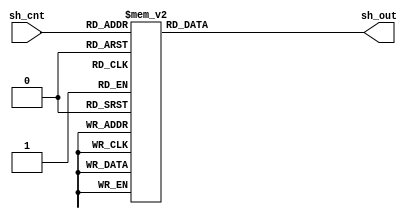
//
//    Copyright (c) 2015 Jan Adelsbach <jan@janadelsbach.com>.  
//    All Rights Reserved.
//
//    This program is free software: you can redistribute it and/or modify
//    it under the terms of the GNU General Public License as published by
//    the Free Software Foundation, either version 3 of the License, or
//    (at your option) any later version.
//
//    This program is distributed in the hope that it will be useful,
//    but WITHOUT ANY WARRANTY; without even the implied warranty of
//    MERCHANTABILITY or FITNESS FOR A PARTICULAR PURPOSE.  See the
//    GNU General Public License for more details.
//
//    You should have received a copy of the GNU General Public License
//    along with this program.  If not, see <http://www.gnu.org/licenses/>.
//
module pdp1_shrot_cnt_lut(sh_cnt, sh_out);
   input [0:8] sh_cnt;
   output reg [0:3] sh_out;

   always @(sh_cnt) begin
      case(sh_cnt)
	9'h0:sh_out <= 0;
	9'h1:sh_out <= 1;
	9'h2:sh_out <= 1;
	9'h3:sh_out <= 2;
	9'h4:sh_out <= 1;
	9'h5:sh_out <= 2;
	9'h6:sh_out <= 2;
	9'h7:sh_out <= 3;
	9'h8:sh_out <= 1;
	9'h9:sh_out <= 2;
	9'hA:sh_out <= 2;
	9'hB:sh_out <= 3;
	9'hC:sh_out <= 2;
	9'hD:sh_out <= 3;
	9'hE:sh_out <= 3;
	9'hF:sh_out <= 4;
	9'h10:sh_out <= 1;
	9'h11:sh_out <= 2;
	9'h12:sh_out <= 2;
	9'h13:sh_out <= 3;
	9'h14:sh_out <= 2;
	9'h15:sh_out <= 3;
	9'h16:sh_out <= 3;
	9'h17:sh_out <= 4;
	9'h18:sh_out <= 2;
	9'h19:sh_out <= 3;
	9'h1A:sh_out <= 3;
	9'h1B:sh_out <= 4;
	9'h1C:sh_out <= 3;
	9'h1D:sh_out <= 4;
	9'h1E:sh_out <= 4;
	9'h1F:sh_out <= 5;
	9'h20:sh_out <= 1;
	9'h21:sh_out <= 2;
	9'h22:sh_out <= 2;
	9'h23:sh_out <= 3;
	9'h24:sh_out <= 2;
	9'h25:sh_out <= 3;
	9'h26:sh_out <= 3;
	9'h27:sh_out <= 4;
	9'h28:sh_out <= 2;
	9'h29:sh_out <= 3;
	9'h2A:sh_out <= 3;
	9'h2B:sh_out <= 4;
	9'h2C:sh_out <= 3;
	9'h2D:sh_out <= 4;
	9'h2E:sh_out <= 4;
	9'h2F:sh_out <= 5;
	9'h30:sh_out <= 2;
	9'h31:sh_out <= 3;
	9'h32:sh_out <= 3;
	9'h33:sh_out <= 4;
	9'h34:sh_out <= 3;
	9'h35:sh_out <= 4;
	9'h36:sh_out <= 4;
	9'h37:sh_out <= 5;
	9'h38:sh_out <= 3;
	9'h39:sh_out <= 4;
	9'h3A:sh_out <= 4;
	9'h3B:sh_out <= 5;
	9'h3C:sh_out <= 4;
	9'h3D:sh_out <= 5;
	9'h3E:sh_out <= 5;
	9'h3F:sh_out <= 6;
	9'h40:sh_out <= 1;
	9'h41:sh_out <= 2;
	9'h42:sh_out <= 2;
	9'h43:sh_out <= 3;
	9'h44:sh_out <= 2;
	9'h45:sh_out <= 3;
	9'h46:sh_out <= 3;
	9'h47:sh_out <= 4;
	9'h48:sh_out <= 2;
	9'h49:sh_out <= 3;
	9'h4A:sh_out <= 3;
	9'h4B:sh_out <= 4;
	9'h4C:sh_out <= 3;
	9'h4D:sh_out <= 4;
	9'h4E:sh_out <= 4;
	9'h4F:sh_out <= 5;
	9'h50:sh_out <= 2;
	9'h51:sh_out <= 3;
	9'h52:sh_out <= 3;
	9'h53:sh_out <= 4;
	9'h54:sh_out <= 3;
	9'h55:sh_out <= 4;
	9'h56:sh_out <= 4;
	9'h57:sh_out <= 5;
	9'h58:sh_out <= 3;
	9'h59:sh_out <= 4;
	9'h5A:sh_out <= 4;
	9'h5B:sh_out <= 5;
	9'h5C:sh_out <= 4;
	9'h5D:sh_out <= 5;
	9'h5E:sh_out <= 5;
	9'h5F:sh_out <= 6;
	9'h60:sh_out <= 2;
	9'h61:sh_out <= 3;
	9'h62:sh_out <= 3;
	9'h63:sh_out <= 4;
	9'h64:sh_out <= 3;
	9'h65:sh_out <= 4;
	9'h66:sh_out <= 4;
	9'h67:sh_out <= 5;
	9'h68:sh_out <= 3;
	9'h69:sh_out <= 4;
	9'h6A:sh_out <= 4;
	9'h6B:sh_out <= 5;
	9'h6C:sh_out <= 4;
	9'h6D:sh_out <= 5;
	9'h6E:sh_out <= 5;
	9'h6F:sh_out <= 6;
	9'h70:sh_out <= 3;
	9'h71:sh_out <= 4;
	9'h72:sh_out <= 4;
	9'h73:sh_out <= 5;
	9'h74:sh_out <= 4;
	9'h75:sh_out <= 5;
	9'h76:sh_out <= 5;
	9'h77:sh_out <= 6;
	9'h78:sh_out <= 4;
	9'h79:sh_out <= 5;
	9'h7A:sh_out <= 5;
	9'h7B:sh_out <= 6;
	9'h7C:sh_out <= 5;
	9'h7D:sh_out <= 6;
	9'h7E:sh_out <= 6;
	9'h7F:sh_out <= 7;
	9'h80:sh_out <= 1;
	9'h81:sh_out <= 2;
	9'h82:sh_out <= 2;
	9'h83:sh_out <= 3;
	9'h84:sh_out <= 2;
	9'h85:sh_out <= 3;
	9'h86:sh_out <= 3;
	9'h87:sh_out <= 4;
	9'h88:sh_out <= 2;
	9'h89:sh_out <= 3;
	9'h8A:sh_out <= 3;
	9'h8B:sh_out <= 4;
	9'h8C:sh_out <= 3;
	9'h8D:sh_out <= 4;
	9'h8E:sh_out <= 4;
	9'h8F:sh_out <= 5;
	9'h90:sh_out <= 2;
	9'h91:sh_out <= 3;
	9'h92:sh_out <= 3;
	9'h93:sh_out <= 4;
	9'h94:sh_out <= 3;
	9'h95:sh_out <= 4;
	9'h96:sh_out <= 4;
	9'h97:sh_out <= 5;
	9'h98:sh_out <= 3;
	9'h99:sh_out <= 4;
	9'h9A:sh_out <= 4;
	9'h9B:sh_out <= 5;
	9'h9C:sh_out <= 4;
	9'h9D:sh_out <= 5;
	9'h9E:sh_out <= 5;
	9'h9F:sh_out <= 6;
	9'hA0:sh_out <= 2;
	9'hA1:sh_out <= 3;
	9'hA2:sh_out <= 3;
	9'hA3:sh_out <= 4;
	9'hA4:sh_out <= 3;
	9'hA5:sh_out <= 4;
	9'hA6:sh_out <= 4;
	9'hA7:sh_out <= 5;
	9'hA8:sh_out <= 3;
	9'hA9:sh_out <= 4;
	9'hAA:sh_out <= 4;
	9'hAB:sh_out <= 5;
	9'hAC:sh_out <= 4;
	9'hAD:sh_out <= 5;
	9'hAE:sh_out <= 5;
	9'hAF:sh_out <= 6;
	9'hB0:sh_out <= 3;
	9'hB1:sh_out <= 4;
	9'hB2:sh_out <= 4;
	9'hB3:sh_out <= 5;
	9'hB4:sh_out <= 4;
	9'hB5:sh_out <= 5;
	9'hB6:sh_out <= 5;
	9'hB7:sh_out <= 6;
	9'hB8:sh_out <= 4;
	9'hB9:sh_out <= 5;
	9'hBA:sh_out <= 5;
	9'hBB:sh_out <= 6;
	9'hBC:sh_out <= 5;
	9'hBD:sh_out <= 6;
	9'hBE:sh_out <= 6;
	9'hBF:sh_out <= 7;
	9'hC0:sh_out <= 2;
	9'hC1:sh_out <= 3;
	9'hC2:sh_out <= 3;
	9'hC3:sh_out <= 4;
	9'hC4:sh_out <= 3;
	9'hC5:sh_out <= 4;
	9'hC6:sh_out <= 4;
	9'hC7:sh_out <= 5;
	9'hC8:sh_out <= 3;
	9'hC9:sh_out <= 4;
	9'hCA:sh_out <= 4;
	9'hCB:sh_out <= 5;
	9'hCC:sh_out <= 4;
	9'hCD:sh_out <= 5;
	9'hCE:sh_out <= 5;
	9'hCF:sh_out <= 6;
	9'hD0:sh_out <= 3;
	9'hD1:sh_out <= 4;
	9'hD2:sh_out <= 4;
	9'hD3:sh_out <= 5;
	9'hD4:sh_out <= 4;
	9'hD5:sh_out <= 5;
	9'hD6:sh_out <= 5;
	9'hD7:sh_out <= 6;
	9'hD8:sh_out <= 4;
	9'hD9:sh_out <= 5;
	9'hDA:sh_out <= 5;
	9'hDB:sh_out <= 6;
	9'hDC:sh_out <= 5;
	9'hDD:sh_out <= 6;
	9'hDE:sh_out <= 6;
	9'hDF:sh_out <= 7;
	9'hE0:sh_out <= 3;
	9'hE1:sh_out <= 4;
	9'hE2:sh_out <= 4;
	9'hE3:sh_out <= 5;
	9'hE4:sh_out <= 4;
	9'hE5:sh_out <= 5;
	9'hE6:sh_out <= 5;
	9'hE7:sh_out <= 6;
	9'hE8:sh_out <= 4;
	9'hE9:sh_out <= 5;
	9'hEA:sh_out <= 5;
	9'hEB:sh_out <= 6;
	9'hEC:sh_out <= 5;
	9'hED:sh_out <= 6;
	9'hEE:sh_out <= 6;
	9'hEF:sh_out <= 7;
	9'hF0:sh_out <= 4;
	9'hF1:sh_out <= 5;
	9'hF2:sh_out <= 5;
	9'hF3:sh_out <= 6;
	9'hF4:sh_out <= 5;
	9'hF5:sh_out <= 6;
	9'hF6:sh_out <= 6;
	9'hF7:sh_out <= 7;
	9'hF8:sh_out <= 5;
	9'hF9:sh_out <= 6;
	9'hFA:sh_out <= 6;
	9'hFB:sh_out <= 7;
	9'hFC:sh_out <= 6;
	9'hFD:sh_out <= 7;
	9'hFE:sh_out <= 7;
	9'hFF:sh_out <= 8;
	9'h100:sh_out <= 1;
	9'h101:sh_out <= 2;
	9'h102:sh_out <= 2;
	9'h103:sh_out <= 3;
	9'h104:sh_out <= 2;
	9'h105:sh_out <= 3;
	9'h106:sh_out <= 3;
	9'h107:sh_out <= 4;
	9'h108:sh_out <= 2;
	9'h109:sh_out <= 3;
	9'h10A:sh_out <= 3;
	9'h10B:sh_out <= 4;
	9'h10C:sh_out <= 3;
	9'h10D:sh_out <= 4;
	9'h10E:sh_out <= 4;
	9'h10F:sh_out <= 5;
	9'h110:sh_out <= 2;
	9'h111:sh_out <= 3;
	9'h112:sh_out <= 3;
	9'h113:sh_out <= 4;
	9'h114:sh_out <= 3;
	9'h115:sh_out <= 4;
	9'h116:sh_out <= 4;
	9'h117:sh_out <= 5;
	9'h118:sh_out <= 3;
	9'h119:sh_out <= 4;
	9'h11A:sh_out <= 4;
	9'h11B:sh_out <= 5;
	9'h11C:sh_out <= 4;
	9'h11D:sh_out <= 5;
	9'h11E:sh_out <= 5;
	9'h11F:sh_out <= 6;
	9'h120:sh_out <= 2;
	9'h121:sh_out <= 3;
	9'h122:sh_out <= 3;
	9'h123:sh_out <= 4;
	9'h124:sh_out <= 3;
	9'h125:sh_out <= 4;
	9'h126:sh_out <= 4;
	9'h127:sh_out <= 5;
	9'h128:sh_out <= 3;
	9'h129:sh_out <= 4;
	9'h12A:sh_out <= 4;
	9'h12B:sh_out <= 5;
	9'h12C:sh_out <= 4;
	9'h12D:sh_out <= 5;
	9'h12E:sh_out <= 5;
	9'h12F:sh_out <= 6;
	9'h130:sh_out <= 3;
	9'h131:sh_out <= 4;
	9'h132:sh_out <= 4;
	9'h133:sh_out <= 5;
	9'h134:sh_out <= 4;
	9'h135:sh_out <= 5;
	9'h136:sh_out <= 5;
	9'h137:sh_out <= 6;
	9'h138:sh_out <= 4;
	9'h139:sh_out <= 5;
	9'h13A:sh_out <= 5;
	9'h13B:sh_out <= 6;
	9'h13C:sh_out <= 5;
	9'h13D:sh_out <= 6;
	9'h13E:sh_out <= 6;
	9'h13F:sh_out <= 7;
	9'h140:sh_out <= 2;
	9'h141:sh_out <= 3;
	9'h142:sh_out <= 3;
	9'h143:sh_out <= 4;
	9'h144:sh_out <= 3;
	9'h145:sh_out <= 4;
	9'h146:sh_out <= 4;
	9'h147:sh_out <= 5;
	9'h148:sh_out <= 3;
	9'h149:sh_out <= 4;
	9'h14A:sh_out <= 4;
	9'h14B:sh_out <= 5;
	9'h14C:sh_out <= 4;
	9'h14D:sh_out <= 5;
	9'h14E:sh_out <= 5;
	9'h14F:sh_out <= 6;
	9'h150:sh_out <= 3;
	9'h151:sh_out <= 4;
	9'h152:sh_out <= 4;
	9'h153:sh_out <= 5;
	9'h154:sh_out <= 4;
	9'h155:sh_out <= 5;
	9'h156:sh_out <= 5;
	9'h157:sh_out <= 6;
	9'h158:sh_out <= 4;
	9'h159:sh_out <= 5;
	9'h15A:sh_out <= 5;
	9'h15B:sh_out <= 6;
	9'h15C:sh_out <= 5;
	9'h15D:sh_out <= 6;
	9'h15E:sh_out <= 6;
	9'h15F:sh_out <= 7;
	9'h160:sh_out <= 3;
	9'h161:sh_out <= 4;
	9'h162:sh_out <= 4;
	9'h163:sh_out <= 5;
	9'h164:sh_out <= 4;
	9'h165:sh_out <= 5;
	9'h166:sh_out <= 5;
	9'h167:sh_out <= 6;
	9'h168:sh_out <= 4;
	9'h169:sh_out <= 5;
	9'h16A:sh_out <= 5;
	9'h16B:sh_out <= 6;
	9'h16C:sh_out <= 5;
	9'h16D:sh_out <= 6;
	9'h16E:sh_out <= 6;
	9'h16F:sh_out <= 7;
	9'h170:sh_out <= 4;
	9'h171:sh_out <= 5;
	9'h172:sh_out <= 5;
	9'h173:sh_out <= 6;
	9'h174:sh_out <= 5;
	9'h175:sh_out <= 6;
	9'h176:sh_out <= 6;
	9'h177:sh_out <= 7;
	9'h178:sh_out <= 5;
	9'h179:sh_out <= 6;
	9'h17A:sh_out <= 6;
	9'h17B:sh_out <= 7;
	9'h17C:sh_out <= 6;
	9'h17D:sh_out <= 7;
	9'h17E:sh_out <= 7;
	9'h17F:sh_out <= 8;
	9'h180:sh_out <= 2;
	9'h181:sh_out <= 3;
	9'h182:sh_out <= 3;
	9'h183:sh_out <= 4;
	9'h184:sh_out <= 3;
	9'h185:sh_out <= 4;
	9'h186:sh_out <= 4;
	9'h187:sh_out <= 5;
	9'h188:sh_out <= 3;
	9'h189:sh_out <= 4;
	9'h18A:sh_out <= 4;
	9'h18B:sh_out <= 5;
	9'h18C:sh_out <= 4;
	9'h18D:sh_out <= 5;
	9'h18E:sh_out <= 5;
	9'h18F:sh_out <= 6;
	9'h190:sh_out <= 3;
	9'h191:sh_out <= 4;
	9'h192:sh_out <= 4;
	9'h193:sh_out <= 5;
	9'h194:sh_out <= 4;
	9'h195:sh_out <= 5;
	9'h196:sh_out <= 5;
	9'h197:sh_out <= 6;
	9'h198:sh_out <= 4;
	9'h199:sh_out <= 5;
	9'h19A:sh_out <= 5;
	9'h19B:sh_out <= 6;
	9'h19C:sh_out <= 5;
	9'h19D:sh_out <= 6;
	9'h19E:sh_out <= 6;
	9'h19F:sh_out <= 7;
	9'h1A0:sh_out <= 3;
	9'h1A1:sh_out <= 4;
	9'h1A2:sh_out <= 4;
	9'h1A3:sh_out <= 5;
	9'h1A4:sh_out <= 4;
	9'h1A5:sh_out <= 5;
	9'h1A6:sh_out <= 5;
	9'h1A7:sh_out <= 6;
	9'h1A8:sh_out <= 4;
	9'h1A9:sh_out <= 5;
	9'h1AA:sh_out <= 5;
	9'h1AB:sh_out <= 6;
	9'h1AC:sh_out <= 5;
	9'h1AD:sh_out <= 6;
	9'h1AE:sh_out <= 6;
	9'h1AF:sh_out <= 7;
	9'h1B0:sh_out <= 4;
	9'h1B1:sh_out <= 5;
	9'h1B2:sh_out <= 5;
	9'h1B3:sh_out <= 6;
	9'h1B4:sh_out <= 5;
	9'h1B5:sh_out <= 6;
	9'h1B6:sh_out <= 6;
	9'h1B7:sh_out <= 7;
	9'h1B8:sh_out <= 5;
	9'h1B9:sh_out <= 6;
	9'h1BA:sh_out <= 6;
	9'h1BB:sh_out <= 7;
	9'h1BC:sh_out <= 6;
	9'h1BD:sh_out <= 7;
	9'h1BE:sh_out <= 7;
	9'h1BF:sh_out <= 8;
	9'h1C0:sh_out <= 3;
	9'h1C1:sh_out <= 4;
	9'h1C2:sh_out <= 4;
	9'h1C3:sh_out <= 5;
	9'h1C4:sh_out <= 4;
	9'h1C5:sh_out <= 5;
	9'h1C6:sh_out <= 5;
	9'h1C7:sh_out <= 6;
	9'h1C8:sh_out <= 4;
	9'h1C9:sh_out <= 5;
	9'h1CA:sh_out <= 5;
	9'h1CB:sh_out <= 6;
	9'h1CC:sh_out <= 5;
	9'h1CD:sh_out <= 6;
	9'h1CE:sh_out <= 6;
	9'h1CF:sh_out <= 7;
	9'h1D0:sh_out <= 4;
	9'h1D1:sh_out <= 5;
	9'h1D2:sh_out <= 5;
	9'h1D3:sh_out <= 6;
	9'h1D4:sh_out <= 5;
	9'h1D5:sh_out <= 6;
	9'h1D6:sh_out <= 6;
	9'h1D7:sh_out <= 7;
	9'h1D8:sh_out <= 5;
	9'h1D9:sh_out <= 6;
	9'h1DA:sh_out <= 6;
	9'h1DB:sh_out <= 7;
	9'h1DC:sh_out <= 6;
	9'h1DD:sh_out <= 7;
	9'h1DE:sh_out <= 7;
	9'h1DF:sh_out <= 8;
	9'h1E0:sh_out <= 4;
	9'h1E1:sh_out <= 5;
	9'h1E2:sh_out <= 5;
	9'h1E3:sh_out <= 6;
	9'h1E4:sh_out <= 5;
	9'h1E5:sh_out <= 6;
	9'h1E6:sh_out <= 6;
	9'h1E7:sh_out <= 7;
	9'h1E8:sh_out <= 5;
	9'h1E9:sh_out <= 6;
	9'h1EA:sh_out <= 6;
	9'h1EB:sh_out <= 7;
	9'h1EC:sh_out <= 6;
	9'h1ED:sh_out <= 7;
	9'h1EE:sh_out <= 7;
	9'h1EF:sh_out <= 8;
	9'h1F0:sh_out <= 5;
	9'h1F1:sh_out <= 6;
	9'h1F2:sh_out <= 6;
	9'h1F3:sh_out <= 7;
	9'h1F4:sh_out <= 6;
	9'h1F5:sh_out <= 7;
	9'h1F6:sh_out <= 7;
	9'h1F7:sh_out <= 8;
	9'h1F8:sh_out <= 6;
	9'h1F9:sh_out <= 7;
	9'h1FA:sh_out <= 7;
	9'h1FB:sh_out <= 8;
	9'h1FC:sh_out <= 7;
	9'h1FD:sh_out <= 8;
	9'h1FE:sh_out <= 8;
	9'h1FF:sh_out <= 9;
      endcase // case (sh_cnt)
     // $display("LUT %h %d", sh_cnt, sh_out);
      
   end // always @ (sh_cnt)
endmodule // pdp1_shrot_cnt_lut